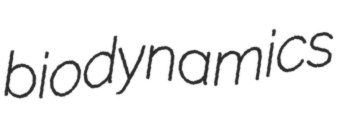
biodynamics